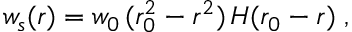
w _ { s } ( r ) = w _ { 0 } \, ( r _ { 0 } ^ { 2 } - r ^ { 2 } ) \, H ( r _ { 0 } - r ) \; ,